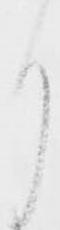
月